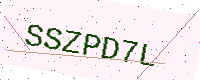
Text: SSZPD7L